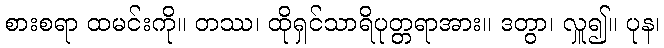
စားစရာ ထမင်းကို။ တဿ၊ ထိုရှင်သာရိပုတ္တရာအား။ ဒတွာ၊ လှူ၍။ ပုန၊